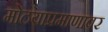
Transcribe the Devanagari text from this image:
मोठयाप्रमाणावर